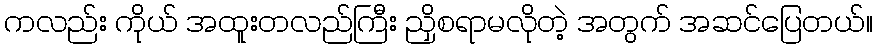
ကလည်း ကိုယ် အထူးတလည်ကြီး ညှိစရာမလိုတဲ့ အတွက် အဆင်ပြေတယ်။